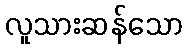
လူသားဆန်သော